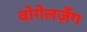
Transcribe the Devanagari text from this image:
वोगेलज़ैंग